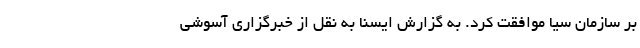
بر سازمان سیا موافقت کرد. به گزارش ایسنا به نقل از خبرگزاری آسوشی